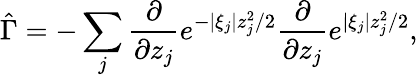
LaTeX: \hat{\Gamma}=-\sum_{j}\frac{\partial}{\partial z_{j}}e^{-|\xi_{j}|z_{j}^{2}/2}\frac{\partial}{\partial z_{j}}e^{|\xi_{j}|z_{j}^{2}/2},